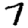
Digit: 7